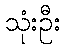
သုံးဦး